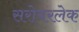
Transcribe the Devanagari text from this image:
सरोवरलेक